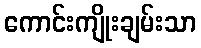
ကောင်းကျိုးချမ်းသာ